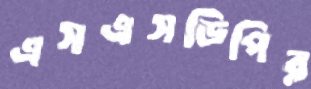
এসএসডিপির